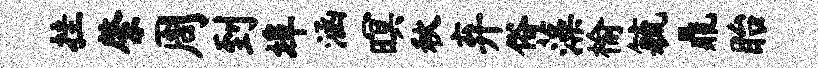
挂綮周到埠涵暝秋弃俗藻榆毓鼎眙